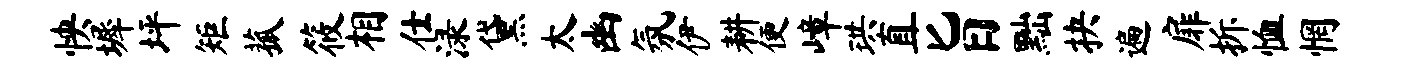
怏墀坪矩菰筱相仕渌黛太幽氛伊耕便嶂珙直旨黜抉遍扉拆恤惘